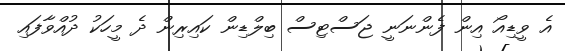
އެ ވީޑިއޯ އިން ފެންނަނީ ޖަސްޓިސް ބިލްޑިން ކައިރިން ދެ މީހަކު ދުއްވާފައި